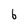
Character: 6